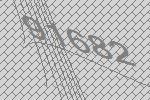
91682